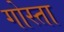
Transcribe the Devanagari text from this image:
गोस्ता